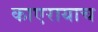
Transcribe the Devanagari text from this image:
काएरायाच